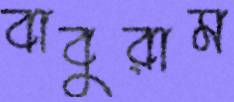
বাবুরাম